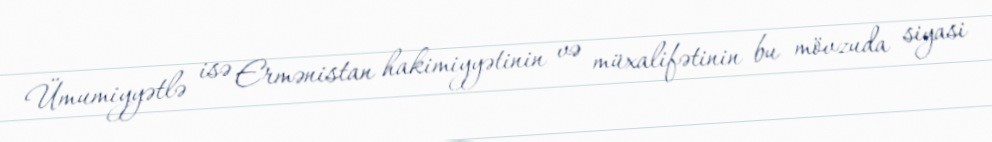
Ümumiyyətlə isə Ermənistan hakimiyyətinin və müxalifətinin bu mövzuda siyasi